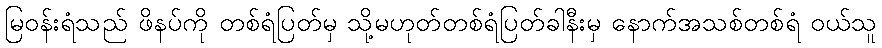
မြဝန်းရံသည် ဖိနပ်ကို တစ်ရံပြတ်မှ သို့မဟုတ်တစ်ရံပြတ်ခါနီးမှ နောက်အသစ်တစ်ရံ ဝယ်သူ